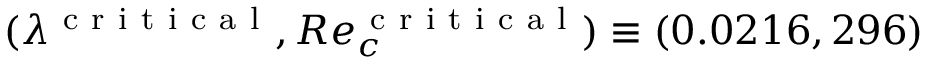
( \lambda ^ { \mathrm { ~ c ~ r ~ i ~ t ~ i ~ c ~ a ~ l ~ } } , R e _ { c } ^ { \mathrm { ~ c ~ r ~ i ~ t ~ i ~ c ~ a ~ l ~ } } ) \equiv ( 0 . 0 2 1 6 , 2 9 6 )